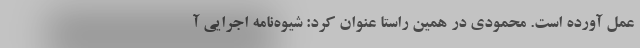
عمل آورده است. محمودی در همین راستا عنوان کرد: شیوه‌نامه اجرایی آ